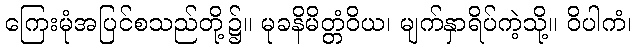
ကြေးမုံအပြင်စသည်တို့၌။ မုခနိမိတ္တံဝိယ၊ မျက်နှာရိပ်ကဲ့သို့။ ဝိပါကံ၊